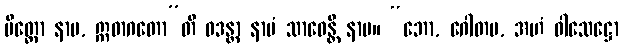
မိတ္တော နာမ, ဣဓာဂတော”တိ ဝဒန္တာ နာမံ သာဝေန္တိ နာမ။ “ဘော, ဂေါတမ, အဟံ ဝါသေဋ္ဌော